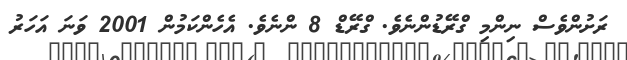
ރަށުންވެސް ނިންމި ގްރޭޑުންނެވެ. ގްރޭޑް 8 ންނެވެ. އެހެންކަމުން 2001 ވަނަ އަހަރު